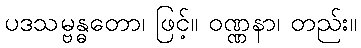
ပဒသမ္ဗန္ဓတော၊ ဖြင့်။ ဝဏ္ဏနာ၊ တည်း။